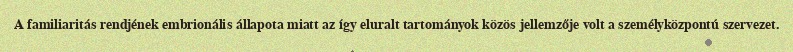
A familiaritás rendjének embrionális állapota miatt az így eluralt tartományok közös jellemzője volt a személyközpontú szervezet.